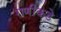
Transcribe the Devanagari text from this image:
राणींकडे